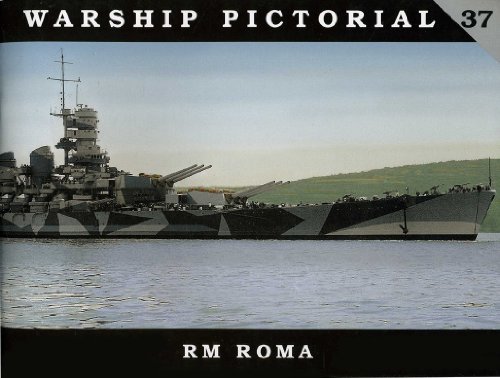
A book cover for Warship Pictorial No. 37 - RM Roma; Steve Wiper; Arts & Photography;